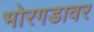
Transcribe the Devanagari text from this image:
भोरगडावर